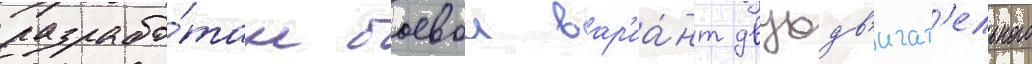
разрабо́тан боевои вар'иа́нт двухдв'игат'ельного